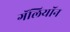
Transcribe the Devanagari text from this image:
गॅलियॉन